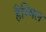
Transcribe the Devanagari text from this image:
हैम्मिल